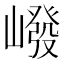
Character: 𪩕